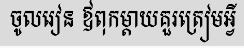
ចូលរៀន ឪពុកម្តាយគួរត្រៀមអ្វី